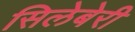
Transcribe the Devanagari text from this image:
सिलेबेरी